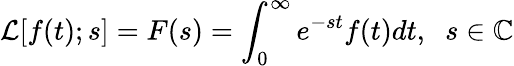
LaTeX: \mathcal{L}[f(t);s]=F(s)=\int_{0}^{\infty}e^{-st}f(t)dt,\; \; s\in\mathbb{C}